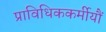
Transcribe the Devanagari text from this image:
प्राविधिककर्मीयौं